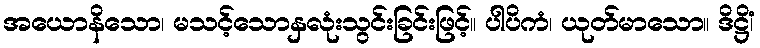
အယောနိသော၊ မသင့်သောနှလုံးသွင်းခြင်းဖြင့်။ ပါပိကံ၊ ယုတ်မာသော။ ဒိဋ္ဌိံ၊